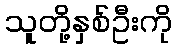
သူတို့နှစ်ဦးကို